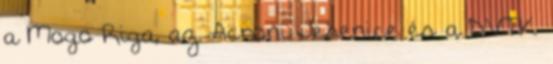
a Mogo Riga, az Acroni Jesenice és a DVTK